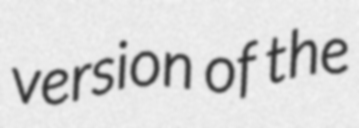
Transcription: version of the